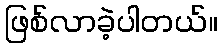
ဖြစ်လာခဲ့ပါတယ်။